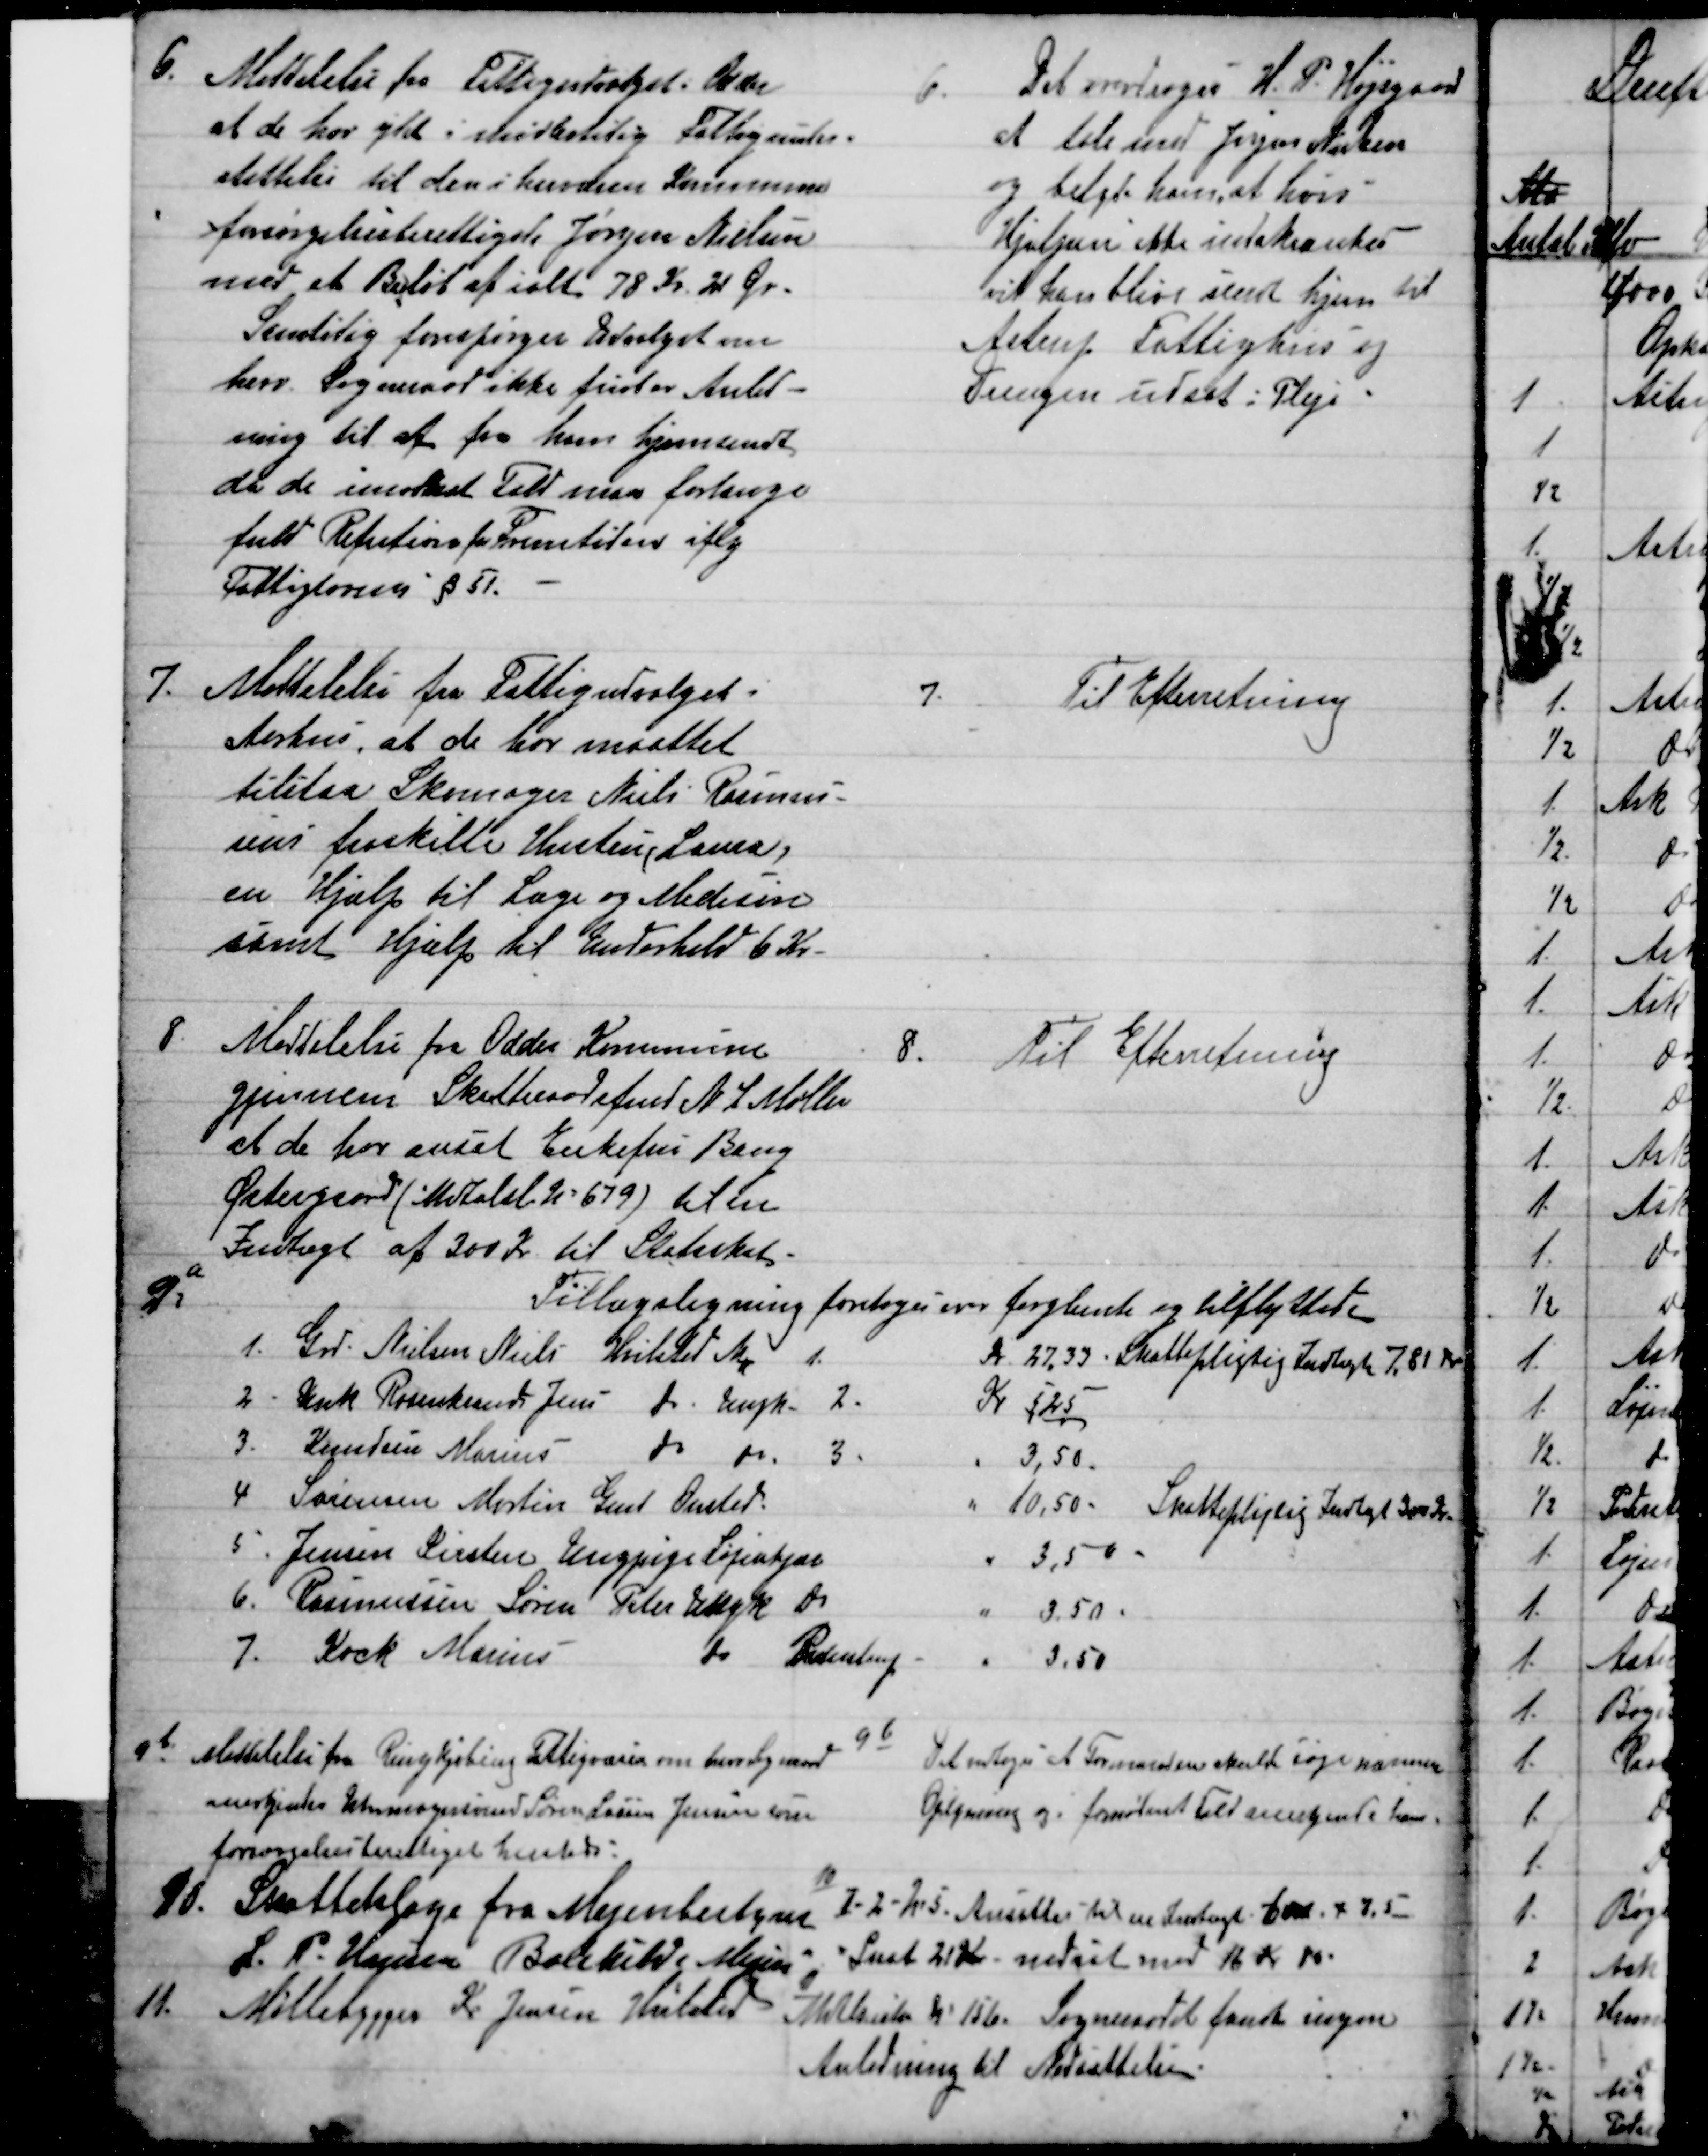
Transskription:
6. 
Meddelelse fra Fattigudvalget i Odder
at de har ydet i midlertidig Fattigunder=
støttelse til den i herværen Kommune
forsørgelsesberettigede Jørgen Nielsen
med et Beløb af ialt 78 Kr. 21 Ør.
Samtidig forespørger Udvalget om
herv. Sogneraad ikke finder Anled-
ning til at faa ham hjemsendt
da de imodsat Fald maa forlange
fuld Refution for Fremtiden iflg
Fattiglovens § 51.
6.
Det overdroges H. P. Højsgaard
at tale med Jørgens Nielsen
og betyde ham, at hvis
Hjælpen ikke indskrænkes
vil han blive sendt hjem til 
Astrup Fattighus og
Drengen udsat i Pleje
7.
Meddelelse fra Fattigudvalget i
Aarhus, at de har maattet
tilstaa Skomager Niels Rasmus-
sens fraskilte Hustru (Laura),
en Hjælp til Læge og Medicin
samt Hjælp til Underhold 6 Kr.
7.
Til Efterretning
8.
Meddelelse fra Odder Kommune
gjennem Skatteraadsfmd N J Møller
at de har ansat Enkefru Bang
Østergaard (Matrikel № 679) til en 
Indtægt af 300 Kr til Statsskat-
8.
Til Efterretning
9a
Tillægsligning foretoges over forglemte og tilflyttede
1. 
Grd. Nielsen Niels Hvilsted Mk 
1.
Kr. 27,33. Skattepligtig Indtægt 7,81 Kr
2 
Kuk Rosenkrands Jens  do  Ungk.
2.
Kr 5,25
3.
Knudsen Marius  
do
do.
3.
3,50
4
Sørensen Martin Gmd Onsted.
10,50
Skattepligtig Indtægt 300 Kr.
5
Jensen Kirsten Ungpige Løjenkjær
3,50 
6.
Rasmussen Søren Peter Ungk Do
3.50 
7.
Kock Marius 
do 
Pederstrup
3,50
9b
Meddelelse fra Ringkjøbing Fattigvæsen om herv. Sogneråd
anerkjender Uhrmagersvend Søren Lassen Jensen som
forsørgelsesberettiget hersteds
9b
Det vedtoges at Formanden skulle søge nærmere
Oplysning og i fornødent Fald anerkjende ham.
10. Skatteklage fra Mejeribestyrer
L. P. Hansen Bolekilde Mejeri
10
I-2-№ 5. Ansættes til en Indtægt 600 x 7,5
Skat 21 Kr. nedsat med 16 Kr 10.
11
Møllebygger Kr. Jensen Hvilsted
Matrikel №15b. Sogneraadet fandt ingen
Anledning til Nedsættelsen.